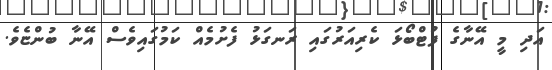
އަދި މީ އޭނާގެ ފުޓްބޯޅަ ކެރިއަރުގައި ރަނގަޅު ފެށުމެއް ކަމުގައިވެސް އޭނާ ބުންޏެވެ.